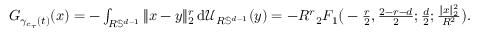
\begin{array} { r } { G _ { \gamma _ { c _ { \tau } } ( t ) } ( x ) = - \int _ { R \mathbb { S } ^ { d - 1 } } \| x - y \| _ { 2 } ^ { r } \, \mathrm { d } \mathcal U _ { R \mathbb { S } ^ { d - 1 } } ( y ) = - R ^ { r } { _ 2 F _ { 1 } } \big ( - \frac { r } { 2 } , \frac { 2 - r - d } { 2 } ; \frac { d } { 2 } ; \frac { \| x \| _ { 2 } ^ { 2 } } { R ^ { 2 } } \big ) . } \end{array}